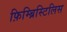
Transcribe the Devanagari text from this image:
फ़िम्ब्रिस्टिलिस